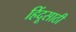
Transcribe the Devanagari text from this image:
हिंदूसाठी